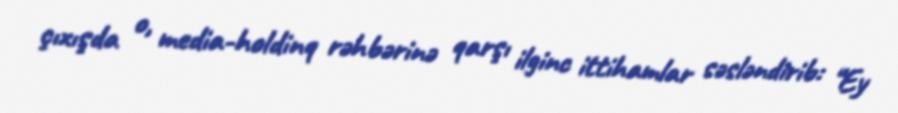
çıxışda o, media-holdinq rəhbərinə qarşı ilginc ittihamlar səsləndirib: “Ey